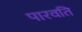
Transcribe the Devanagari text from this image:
पारवति